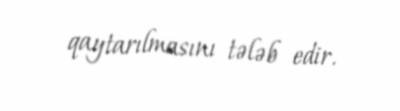
qaytarılmasını tələb edir.